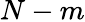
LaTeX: N-m